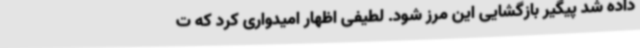
داده شد پیگیر بازگشایی این مرز شود. لطیفی اظهار امیدواری کرد که ت